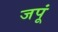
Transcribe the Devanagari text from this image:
जपूं